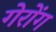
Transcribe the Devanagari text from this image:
गेरोंग